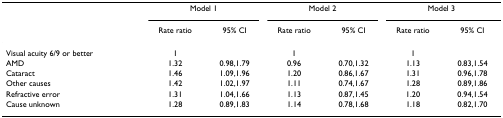
<table><thead><tr><td></td><td colspan="2"><b>Model 1</b></td><td colspan="2"><b>Model 2</b></td><td colspan="2"><b>Model 3</b></td></tr><tr><td></td><td><b>Rate ratio</b></td><td><b>95% CI</b></td><td><b>Rate ratio</b></td><td><b>95% CI</b></td><td><b>Rate ratio</b></td><td><b>95% CI</b></td></tr></thead><tbody><tr><td>Visual acuity 6/9 or better</td><td>1</td><td></td><td>1</td><td></td><td>1</td><td></td></tr><tr><td>AMD</td><td>1.32</td><td>0.98,1.79</td><td>0.96</td><td>0.70,1.32</td><td>1.13</td><td>0.83,1.54</td></tr><tr><td>Cataract</td><td>1.46</td><td>1.09,1.96</td><td>1.20</td><td>0.86,1.67</td><td>1.31</td><td>0.96,1.78</td></tr><tr><td>Other causes</td><td>1.42</td><td>1.02,1.97</td><td>1.11</td><td>0.74,1.67</td><td>1.28</td><td>0.89,1.86</td></tr><tr><td>Refractive error</td><td>1.31</td><td>1.04,1.66</td><td>1.13</td><td>0.87,1.45</td><td>1.20</td><td>0.94,1.54</td></tr><tr><td>Cause unknown</td><td>1.28</td><td>0.89,1.83</td><td>1.14</td><td>0.78,1.68</td><td>1.18</td><td>0.82,1.70</td></tr></tbody></table>